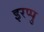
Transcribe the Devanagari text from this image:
इरप्पु